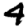
Digit: 4